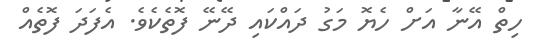
ހިތް އޭނާ އަށް ހެޔޮ މަގު ދައްކައި ދޭނޭ ފޮތެކެވެ. އެފަދަ ފޮތެއް